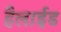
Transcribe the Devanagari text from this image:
हैलाईड